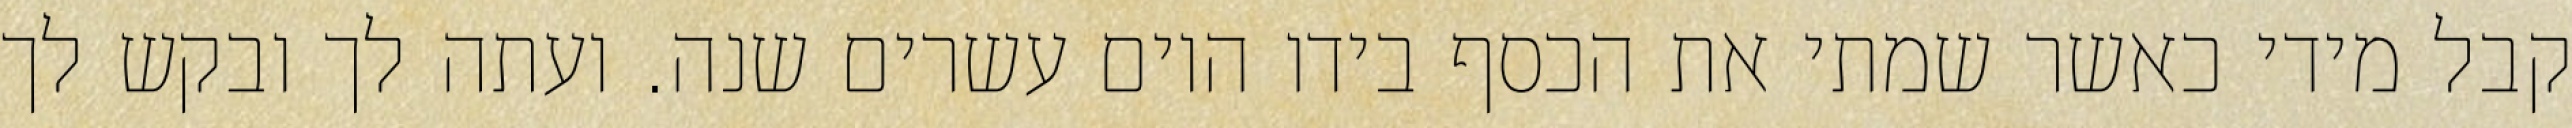
קבל מידי כאשר שמתי את הכסף בידו היום עשרים שנה. ועתה לך ובקש לך